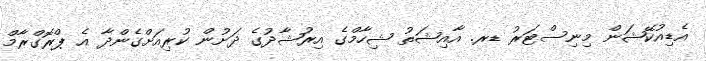
އެޑިއުކޭޝަން މިނިސްޓަރު ޑރ. އާއިޝަތު ޝިހާމްގެ އިރުޝާދުގެ ދަށުން ކުރިއަށްގެންދާ އެ ޕްރޮގްރާމް